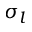
\sigma _ { l }